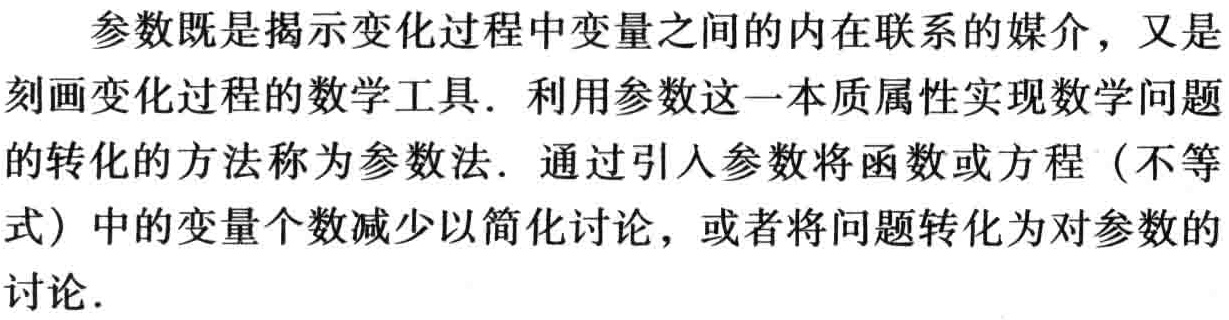
参数既是揭示变化过程中变量之间的内在联系的媒介，又是刻画变化过程的数学工具. 利用参数这一本质属性实现数学问题的转化的方法称为参数法. 通过引入参数将函数或方程（不等式）中的变量个数减少以简化讨论，或者将问题转化为对参数的讨论.